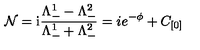
\mathcal { N } = \mathrm { i } \frac { \Lambda _ { - } ^ { 1 } - \Lambda _ { - } ^ { 2 } } { \Lambda _ { - } ^ { 1 } + \Lambda _ { - } ^ { 2 } } = i e ^ { - \phi } + C _ { [ 0 ] }